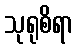
သုရုစိရာ